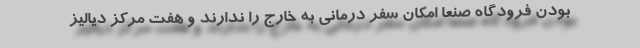
بودن فرودگاه صنعا امکان سفر درمانی به خارج را ندارند و هفت مرکز دیالیز